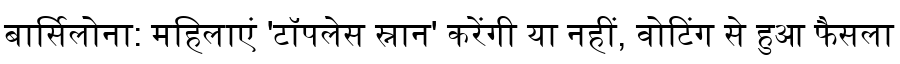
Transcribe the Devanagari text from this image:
बार्सिलोना: महिलाएं 'टॉपलेस स्नान' करेंगी या नहीं, वोटिंग से हुआ फैसला